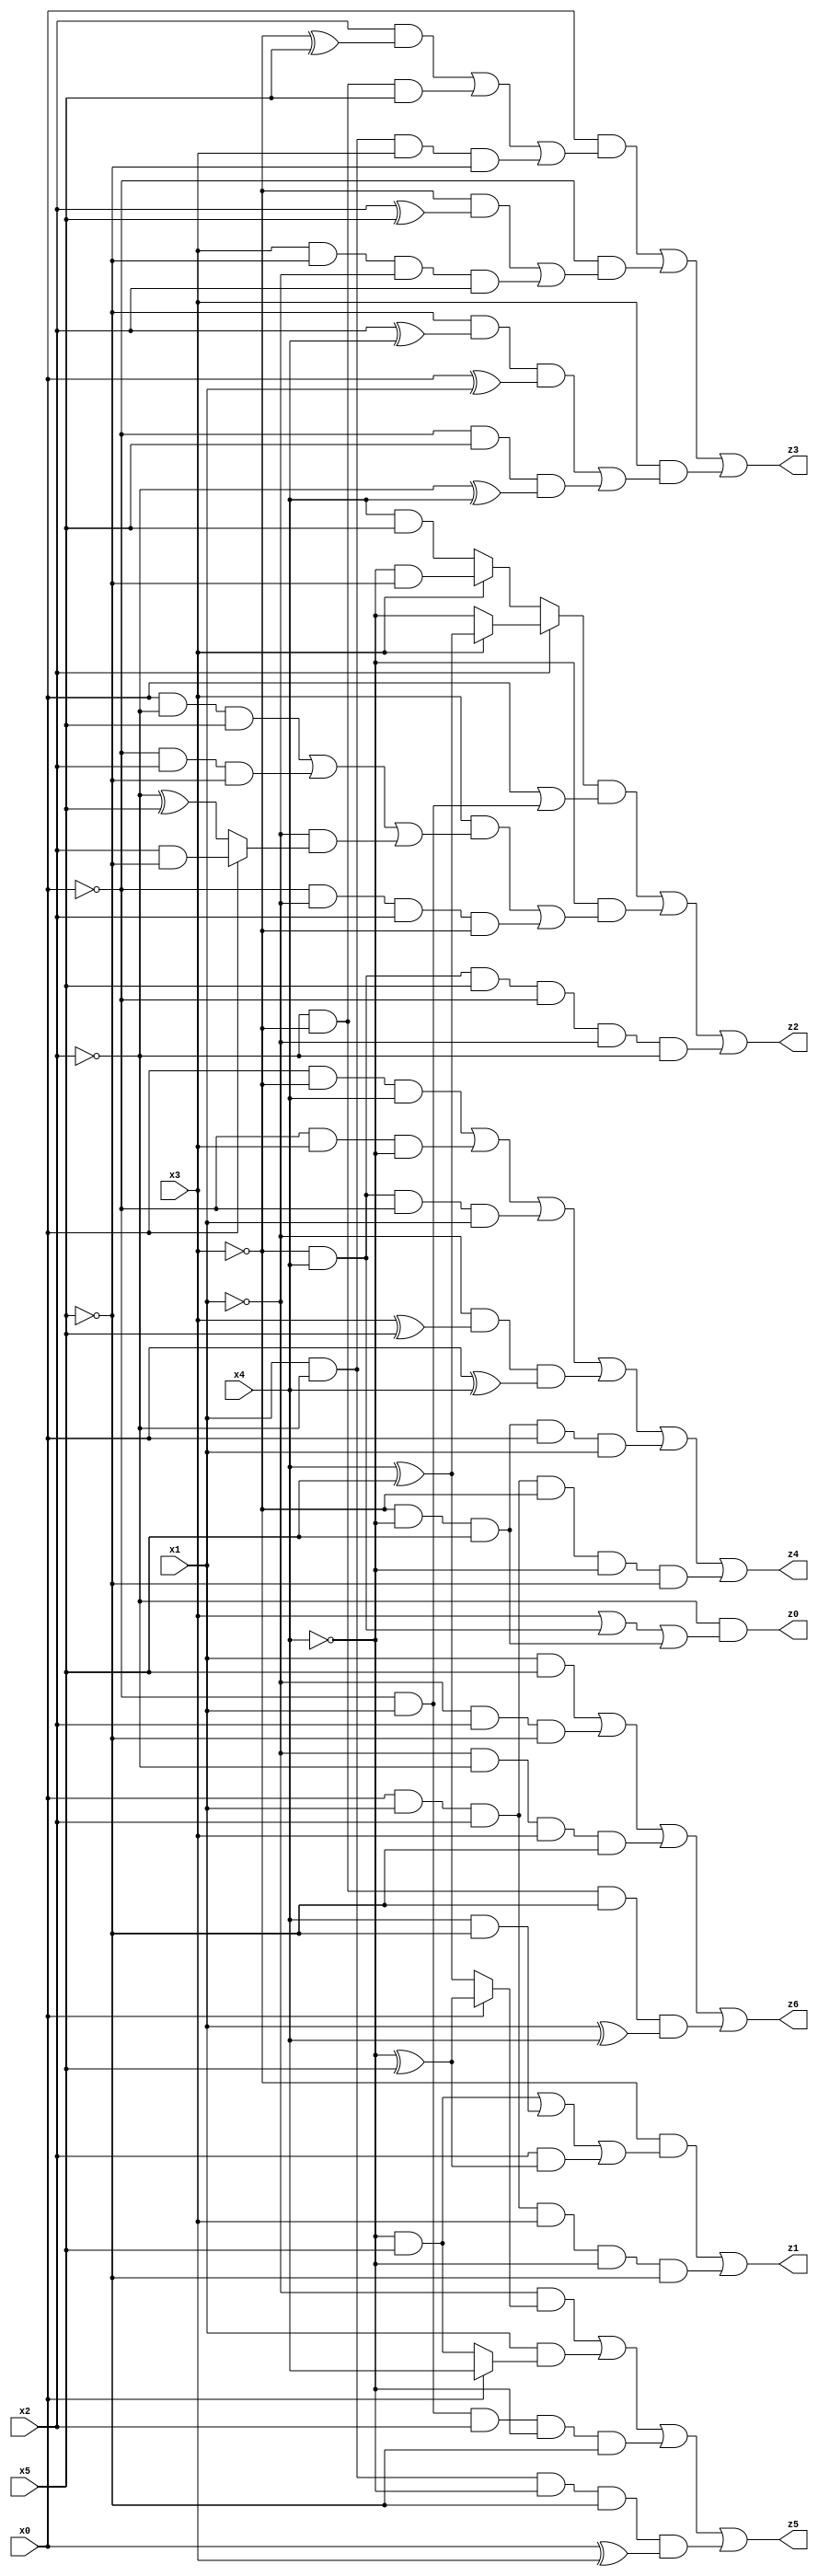
// Benchmark "X_5" written by ABC on Wed Jun 07 15:38:30 2023

module X_5 ( 
    x0, x1, x2, x3, x4, x5,
    z0, z1, z2, z3, z4, z5, z6  );
  input  x0, x1, x2, x3, x4, x5;
  output z0, z1, z2, z3, z4, z5, z6;
  assign z0 = ~x2 & (x3 | (~x3 & x4) | (~x3 & ~x4 & x5));
  assign z1 = (~x3 & ((~x4 & x5) | (x4 & ~x5) | (x2 & (~x4 ^ x5)))) | (x0 & x1 & x2 & x3 & ~x4 & ~x5);
  assign z2 = ((x2 ? (x3 ? (x4 ^ x5) : ~x4) : (x3 ? (~x4 & ~x5) : (x4 & x5))) & (x0 | (~x0 & x1))) | (~x4 & ((x3 & ((x0 & ~x2 & x5) | (~x0 & x2 & ~x5) | (~x1 & (x0 ? (x2 & ~x5) : (~x2 ^ x5))))) | (~x0 & ~x1 & x2 & ~x3))) | (~x3 & x4 & x5 & ~x0 & ~x1 & ~x2);
  assign z3 = (x0 & ((x2 & (~x3 ^ x5)) | (~x2 & ~x3 & x5) | (x1 & ~x2 & x3 & ~x5))) | (~x0 & ((~x3 & (x2 ^ x5)) | (x3 & ~x5 & ~x1 & x2))) | (x3 & ((~x5 & (x2 ^ x4) & (x0 ^ x1)) | (~x0 & x5 & (~x2 ^ x4))));
  assign z4 = (x0 & ~x3 & x4) | (~x0 & x3 & ~x4) | (~x3 & x4 & ~x0 & x1) | (~x1 & (x3 ^ x5) & (x0 ^ x4)) | (~x3 & ~x4 & x5 & x0 & x1) | (x0 & x1 & x2 & ~x3 & ~x4 & ~x5);
  assign z5 = (~x1 & (x0 ? (~x4 ^ x5) : (x4 ^ x5))) | (x1 & (x0 ? x4 : (~x4 & x5))) | (~x0 & x1 & x2 & ~x4 & ~x5) | (x1 & ~x2 & ~x4 & ~x5 & (x0 ^ x3));
  assign z6 = (x1 & x5) | (~x1 & x2 & ~x5) | (~x1 & ~x2 & x3 & ~x5) | (~x2 & ~x3 & ~x5 & (x1 ^ x4));
endmodule